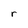
Character: r